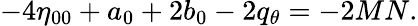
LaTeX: -4\eta_{00}+a_{0}+2b_{0}-2q_{\theta}=-2MN.